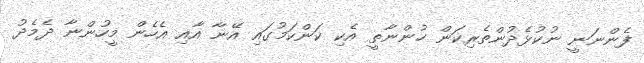
ފެންނަނީ ނުކުޅެދުންތެރިކަން ހުންނާތީ އެކި ކަންކަމުގައި އޭނާ އާއި އެހެން މީހުންނާ ދެމެދު